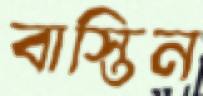
বাস্তিন